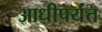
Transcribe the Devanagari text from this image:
आधीपर्यंत